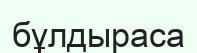
бұлдыраса